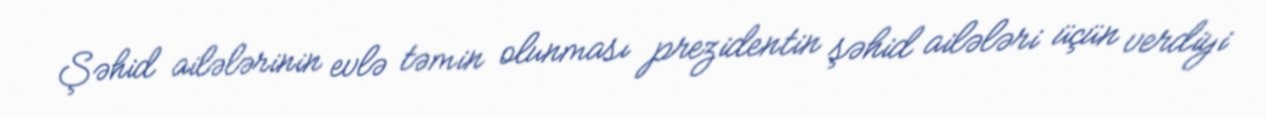
Şəhid ailələrinin evlə təmin olunması prezidentin şəhid ailələri üçün verdiyi